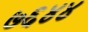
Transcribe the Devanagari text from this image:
७६४४